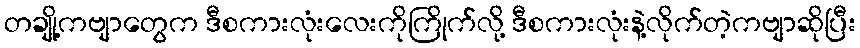
တချို့ကဗျာတွေက ဒီစကားလုံးလေးကိုကြိုက်လို့ ဒီစကားလုံးနဲ့လိုက်တဲ့ကဗျာဆိုပြီး